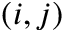
( i , j )